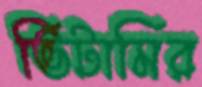
ভিটামির